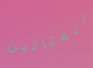
الفتاتين